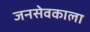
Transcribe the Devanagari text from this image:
जनसेवकाला